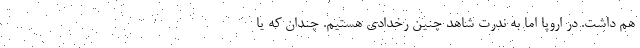
هم داشت. در اروپا اما به ندرت شاهد چنین رخدادی هستیم. چندان که یا